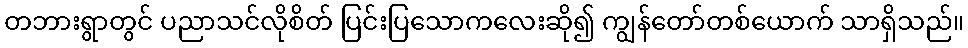
တဘားရွာတွင် ပညာသင်လိုစိတ် ပြင်းပြသောကလေးဆို၍ ကျွန်တော်တစ်ယောက် သာရှိသည်။